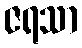
ဇရသာ